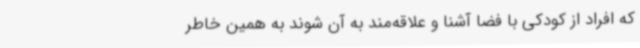
که افراد از کودکی با فضا آشنا و علاقه‌مند به آن شوند به همین خاطر